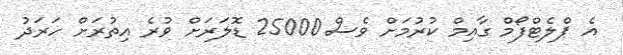
އެ ޕްލެޓްފޯމް ގާއިމް ކުރުމަށް ވެސް 25000 ޑޮލަރަށް ވުރެ އިތުރަށް ހަރަދު